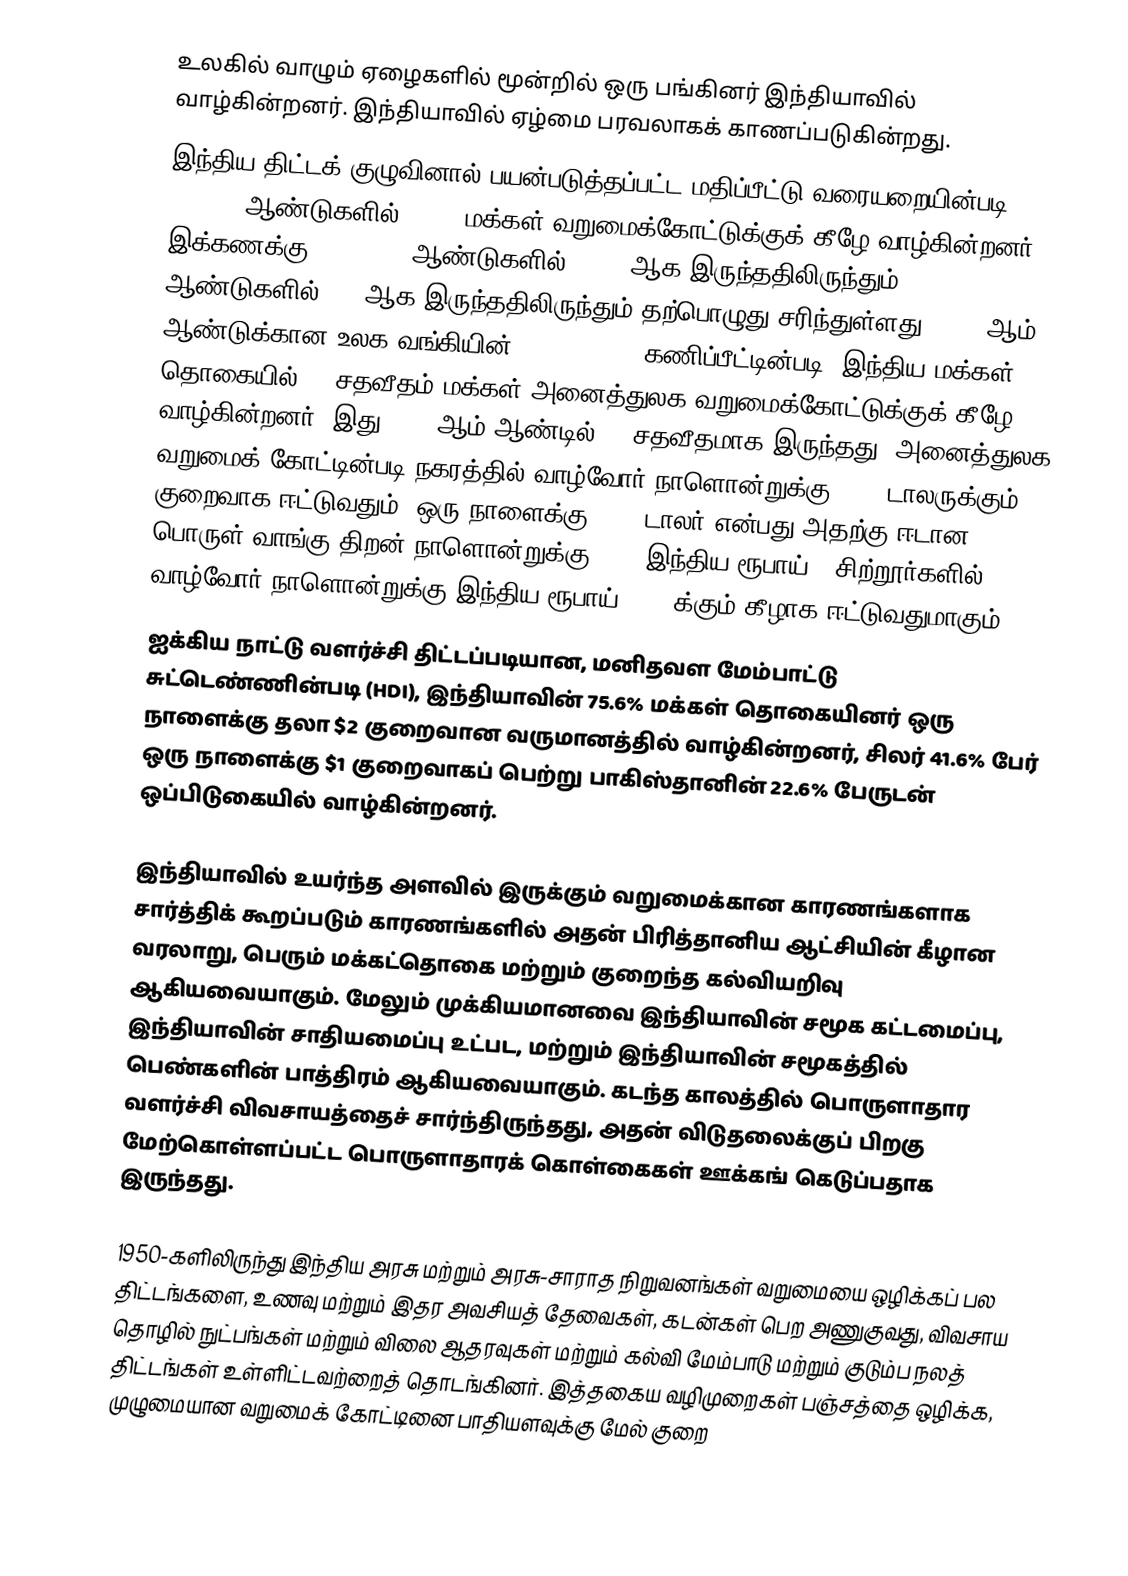
உலகில் வாழும் ஏழைகளில் மூன்றில் ஒரு பங்கினர் இந்தியாவில் வாழ்கின்றனர். இந்தியாவில் ஏழ்மை பரவலாகக் காணப்படுகின்றது.
இந்திய திட்டக் குழுவினால் பயன்படுத்தப்பட்ட மதிப்பீட்டு வரையறையின்படி, 2004-05 ஆண்டுகளில் 27.5% மக்கள் வறுமைக்கோட்டுக்குக் கீழே வாழ்கின்றனர்; இக்கணக்கு 1977-1978 ஆண்டுகளில் 51.3% ஆக இருந்ததிலிருந்தும், 1993-1994 ஆண்டுகளில் 36% ஆக இருந்ததிலிருந்தும் தற்பொழுது சரிந்துள்ளது. 2005 ஆம் ஆண்டுக்கான உலக வங்கியின் (World Bank) கணிப்பீட்டின்படி, இந்திய மக்கள் தொகையில் 42 சதவீதம் மக்கள் அனைத்துலக வறுமைக்கோட்டுக்குக் கீழே வாழ்கின்றனர். இது 1980 ஆம் ஆண்டில் 90 சதவீதமாக இருந்தது. அனைத்துலக வறுமைக் கோட்டின்படி நகரத்தில் வாழ்வோர் நாளொன்றுக்கு 1.25 டாலருக்கும் குறைவாக ஈட்டுவதும் (ஒரு நாளைக்கு 1.25 டாலர் என்பது அதற்கு ஈடான பொருள் வாங்கு திறன் நாளொன்றுக்கு 21.6 இந்திய ரூபாய்), சிற்றூர்களில் வாழ்வோர் நாளொன்றுக்கு இந்திய ரூபாய் 14.3 க்கும் கீழாக ஈட்டுவதுமாகும்.
ஐக்கிய நாட்டு வளர்ச்சி திட்டப்படியான, மனிதவள மேம்பாட்டு சுட்டெண்ணின்படி (HDI), இந்தியாவின் 75.6% மக்கள் தொகையினர் ஒரு நாளைக்கு தலா $2 குறைவான வருமானத்தில் வாழ்கின்றனர், சிலர் 41.6% பேர் ஒரு நாளைக்கு $1 குறைவாகப் பெற்று பாகிஸ்தானின் 22.6% பேருடன் ஒப்பிடுகையில் வாழ்கின்றனர்.

இந்தியாவில் உயர்ந்த அளவில் இருக்கும் வறுமைக்கான காரணங்களாக சார்த்திக் கூறப்படும் காரணங்களில் அதன் பிரித்தானிய ஆட்சியின் கீழான வரலாறு, பெரும் மக்கட்தொகை மற்றும் குறைந்த கல்வியறிவு ஆகியவையாகும். மேலும் முக்கியமானவை இந்தியாவின் சமூக கட்டமைப்பு, இந்தியாவின் சாதியமைப்பு உட்பட, மற்றும் இந்தியாவின் சமூகத்தில் பெண்களின் பாத்திரம் ஆகியவையாகும். கடந்த காலத்தில் பொருளாதார வளர்ச்சி விவசாயத்தைச் சார்ந்திருந்தது, அதன் விடுதலைக்குப் பிறகு மேற்கொள்ளப்பட்ட பொருளாதாரக் கொள்கைகள் ஊக்கங் கெடுப்பதாக இருந்தது.

1950-களிலிருந்து இந்திய அரசு மற்றும் அரசு-சாராத நிறுவனங்கள் வறுமையை ஒழிக்கப் பல திட்டங்களை, உணவு மற்றும் இதர அவசியத் தேவைகள், கடன்கள் பெற அணுகுவது, விவசாய தொழில் நுட்பங்கள் மற்றும் விலை ஆதரவுகள் மற்றும் கல்வி மேம்பாடு மற்றும் குடும்ப நலத் திட்டங்கள் உள்ளிட்டவற்றைத் தொடங்கினர். இத்தகைய வழிமுறைகள் பஞ்சத்தை ஒழிக்க, முழுமையான வறுமைக் கோட்டினை பாதியளவுக்கு மேல் குறை